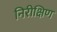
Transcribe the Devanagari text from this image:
निरीक्षिण